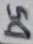
Text: D5